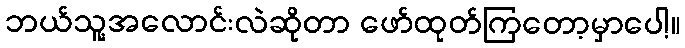
ဘယ်သူ့အလောင်းလဲဆိုတာ ဖော်ထုတ်ကြတော့မှာပေါ့။